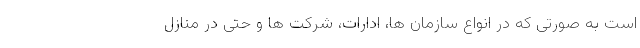
است به صورتی که در انواع سازمان­ ها، ادارات، شرکت­ ها و حتی در منازل